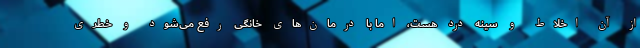
از آن اخلاط و سینه درد هست، اما با درمان‌های خانگی رفع می‌شود و خطری